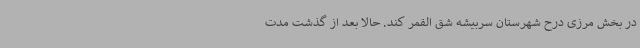
در بخش مرزی درح شهرستان سربیشه شق القمر کند. حالا بعد از گذشت مدت